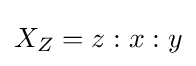
X_{Z}=z:x:y